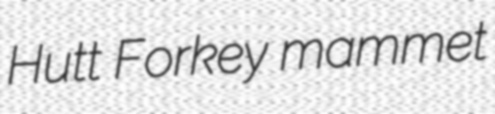
Hutt Forkey mammet